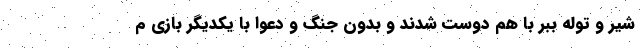
شیر و توله ببر با هم دوست شدند و بدون جنگ و دعوا با یکدیگر بازی م